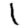
Digit: 1